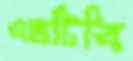
এমটিবি